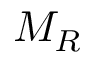
M _ { R }